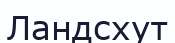
Ландсхут